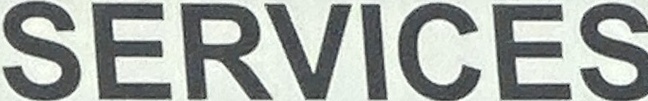
SERVICES